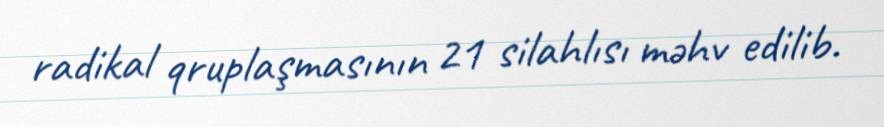
radikal qruplaşmasının 21 silahlısı məhv edilib.